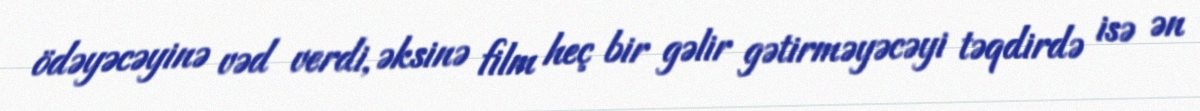
ödəyəcəyinə vəd verdi, əksinə film heç bir gəlir gətirməyəcəyi təqdirdə isə ən